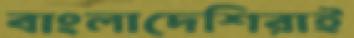
বাংলাদেশিরাই